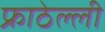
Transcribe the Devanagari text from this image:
फ्राठेल्ली